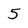
Character: 5